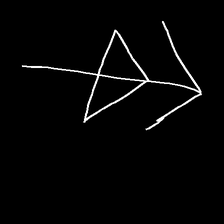
Glyph: pull